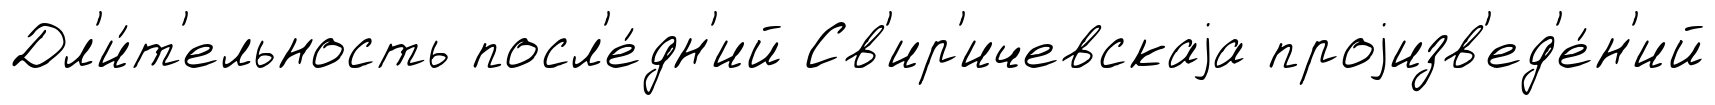
Дл'и́т'ельность посл'е́дн'ий Св'ир'ичевскаjа проjизв'ед'е́н'ий